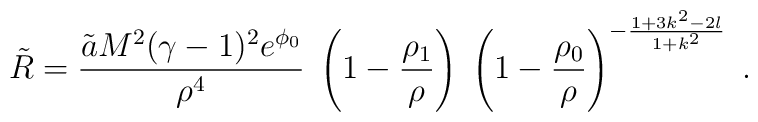
\tilde{R} = \frac{\tilde{a} M^2 (\gamma - 1)^2 e^{\phi_0}}{\rho^4} \;\left(1 - \frac{\rho_1}{\rho}\right) \;\left(1 - \frac{\rho_0}{\rho}\right)^{- \frac{1 + 3 k^2 - 2 l}{1 + k^2}}\; .